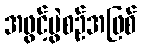
အဖွင့်ပွဲစဉ်အဖြစ်